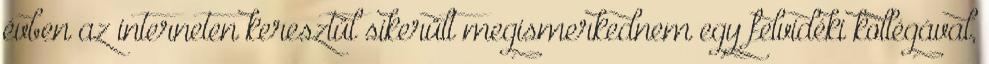
évben az interneten keresztül sikerült megismerkednem egy felvidéki kollégával,